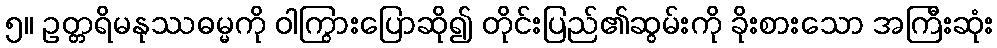
၅။ ဥတ္တရိမနုဿဓမ္မကို ဝါကြွားပြောဆို၍ တိုင်းပြည်၏ဆွမ်းကို ခိုးစားသော အကြီးဆုံး